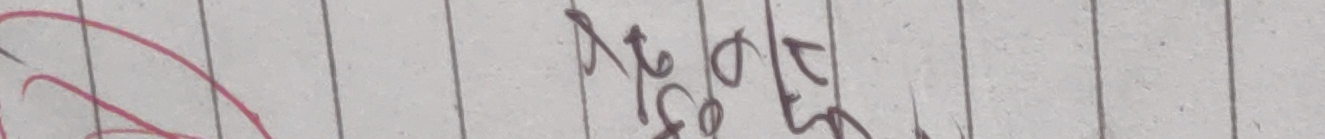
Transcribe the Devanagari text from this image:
२७|०१